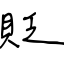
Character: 貶